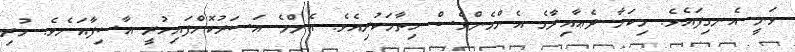
ވަނީ އެނގިފައެވެ. މިކަމާ ދެޢާއިލާގެ އެންމެންވެސް ހިތާމަކުރިއެވެ. އެންމެ އަސަރުކޮށްފައިހުރީ އާސިފާއަށެވެ. ހުރި